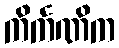
ကိင်္ကဏိက